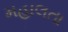
મહાલતા